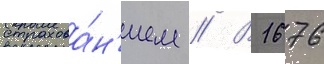
страхова́н'ием // В 1676